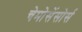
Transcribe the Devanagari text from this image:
चेमोसेंसोर्स